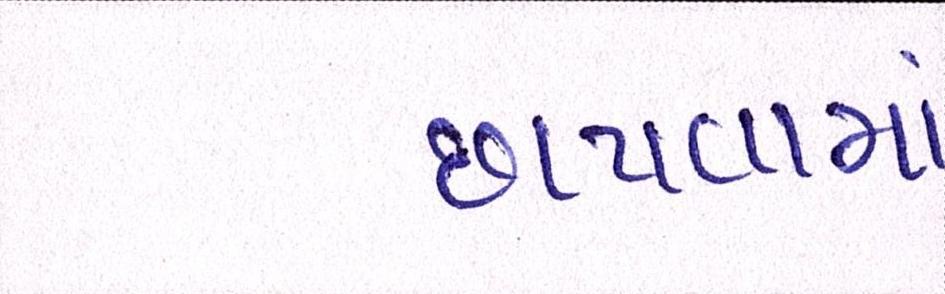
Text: છાપવામાં